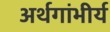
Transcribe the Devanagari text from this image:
अर्थगांभीर्य